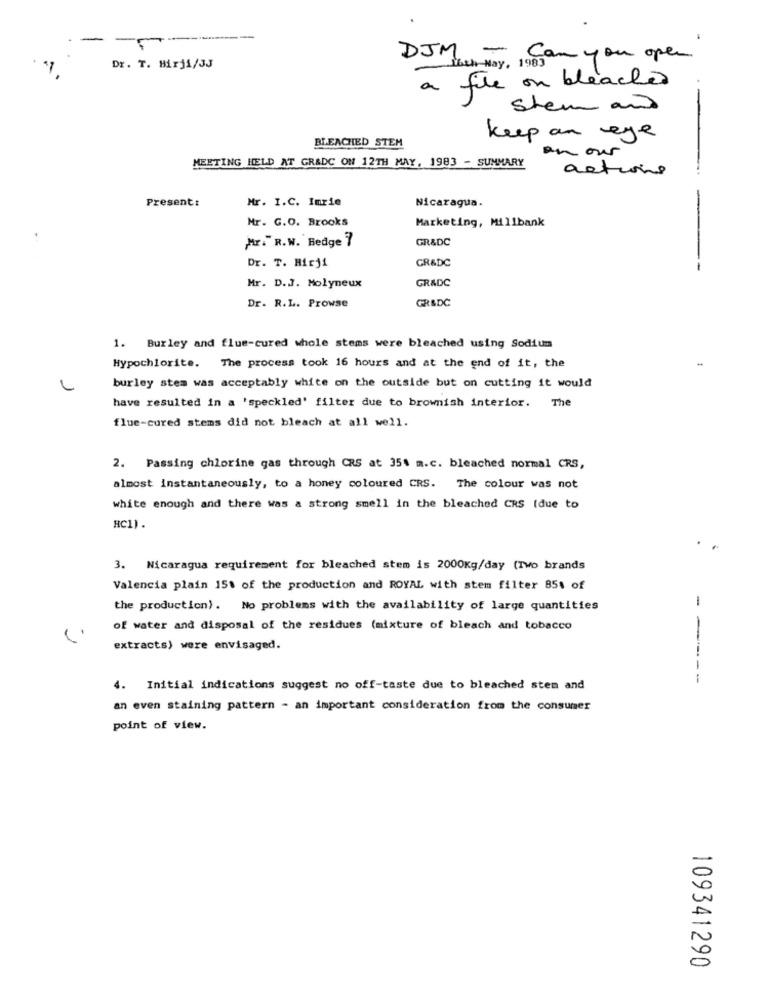
- -
DJM - Can you open
th May . 1983
Dr. T. Hirji/3J
a file on bleached
Stem and
BLEACHED STEM
keep an eye
an our
MEETING HELD AT GRADE ON 12TH MAY, 1983 - SUMMARY
actions
Present:
Mr. I.C. Imrie
Nicaragua.
Mr. G.O. Brooks
Marketing, Millbank
Mr. R.W. Hedge 7
GR&DC
Dr. T. Hirji
GRADC
GRADC
Mr. D.J. Molyneux
Dr. R.L. Prowse
GR&DC
1. Burley and flue-cured whole stems were bleached using Sodium
Hypochlorite. The process took 16 hours and at the end of it, the
burley stem was acceptably white on the outside but on cutting it would
have resulted in a 'speckled' filter due to brownish interior. The
flue-cured stems did not bleach at all well.
2. Passing chlorine gas through CRS at 354 m.c. bleached normal CRS,
almost instantaneously, to a honey coloured CRS. The colour was not
white enough and there was a strong smell in the bleached CRS (due to
RC1).
3. Nicaragua requirement for bleached stem is 2000Kg/day (Two brands
Valencia plain 15% of the production and ROYAL with stem filter 85% of
the production). No problems with the availability of large quantities
-
of water and disposal of the residues (mixture of bleach and tobacco
extracts) were envisaged.
---
4. Initial indications suggest no off-taste due to bleached stem and
an even staining pattern - an important consideration from the consumer
point of view.
109341290